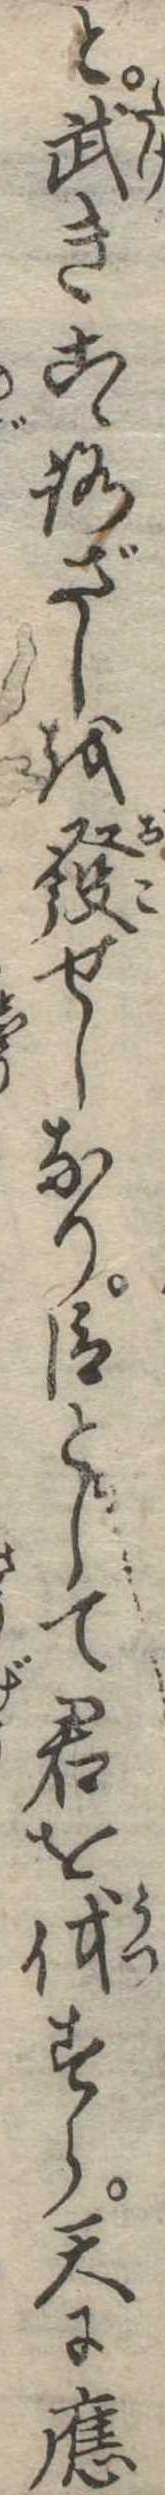
と武きこゝろざしを発せしなり臣として君を伐すら天に応